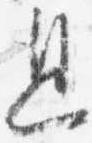
息